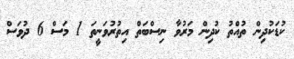
ކުޑަކުދިން ތުއްތު ކުދިން މަރުވާ ނިސްބަތް އިތުރުވަނީތަ 1 މަސް 6 ދުވަސް